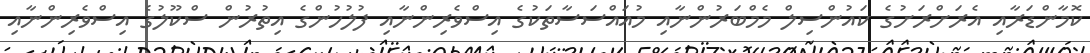
ކޮމާންޑަރާއި އެރަށްރަށުގެ ކައުންސިލް މެމްބަރުންނާއި މުއައްސަސާތަކުގެ އިސްވެރިންނާއި ފުލުހުންގެ އިތުރުން ސްކޫލުގެ އިސްވެރިންނާއި